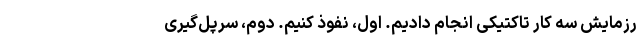
رزمایش سه کار تاکتیکی انجام دادیم. اوّل، نفوذ کنیم. دوم، سرپل‌گیری